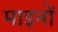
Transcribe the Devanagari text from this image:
माइनों